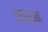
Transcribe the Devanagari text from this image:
आइर्तन